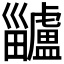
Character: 𤴅